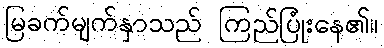
မြခက်မျက်နှာသည် ကြည်ပြုံးနေ၏။